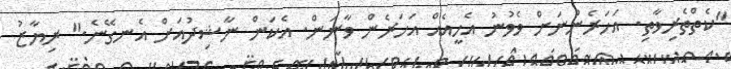
"ކެތްތެރިވާތި. އަހަރެންނަށް ވެވުނު އެހީއެއް އަހަރެން ވާނަން. އެކަން ނާޝިދުއަށް އެނގޭނެ." ރިޔާޒު